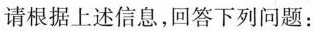
请根据上述信息，回答下列问题：